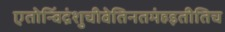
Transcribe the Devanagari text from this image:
एतोन्विंद्रंशुचीवेतिनतमंहइतीतिच